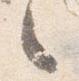
之